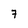
Character: 7